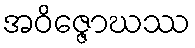
အဝိဇ္ဇောဃဿ